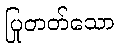
ပြုတတ်သော